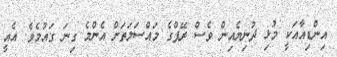
އިންޑިއާއަކީ މުޅި ދުނިޔެއިން ވެސް ރޭޕްގެ މައްސަލަތަށް އެންމެ ގިނަ ގައުމެވެ. އެއީ